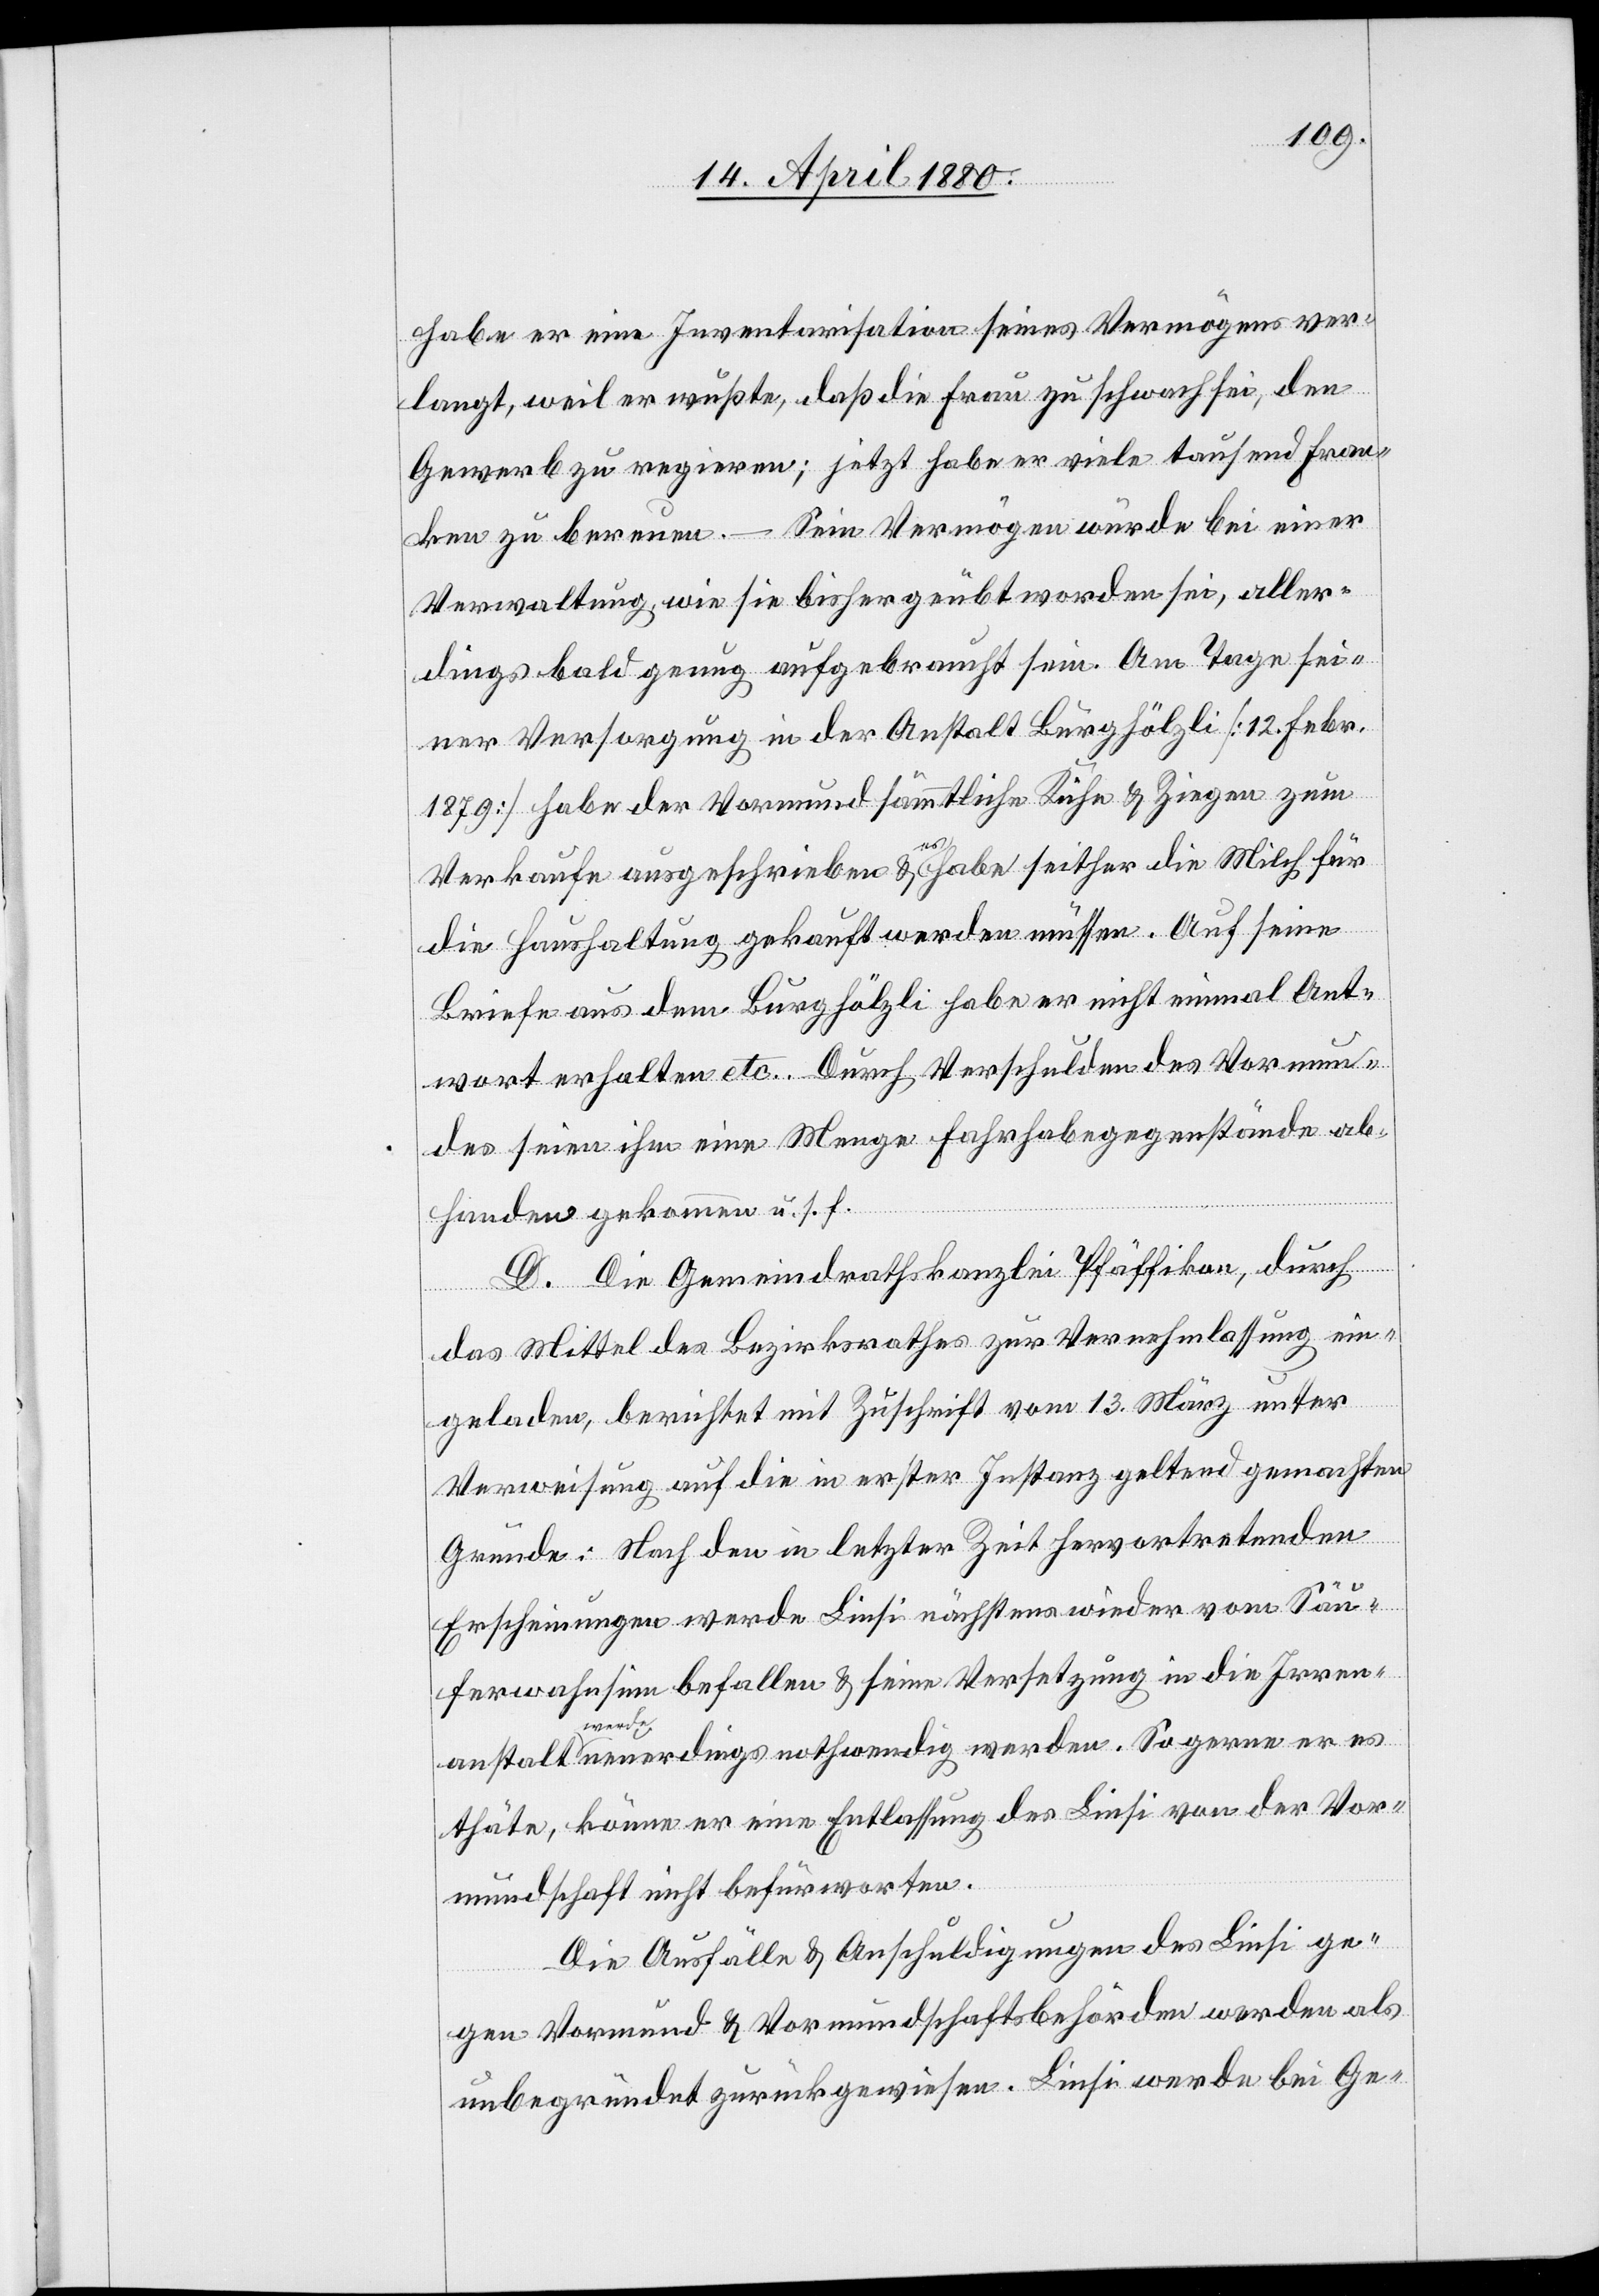
habe er eine Inventarisation seines Vermögens ver¬
langt, weil er wußte, daß die Frau zu schwach sei, den
Gewerb zu regieren; jetzt habe er viele tausend Fran¬
ken zu bereuen. – Sein Vermögen würde bei einer
Verwaltung, wie sie bisher geübt worden sei, aller¬
dings bald genug aufgebraucht sein. Am Tage sei¬
ner Versorgung in der Anstalt Burghölzli [12. Febr.
1879] habe der Vormund sämmtliche Kühe & Ziegen zum
Verkauf ausgeschrieben & a-es-a habe seither die Milch für
die Haushaltung gekauft werden müssen. Auf seine
Briefe aus dem Burghölzli habe er nicht einmal Ant¬
wort erhalten etc. Durch Verschulden des Vormun¬
des seien ihm eine Menge Fahrhabegegenstände ab¬
handen gekommen u. s. f.
D. Die Gemeindrathskanzlei Pfäffikon, durch
das Mittel des Bezirksrathes zur Vernehmlassung ein¬
geladen, berichtet mit Zuschrift vom 13. März unter
Verweisung auf die in erster Instanz geltend gemachten
Gründe: Nach den in letzter Zeit hervortretenden
Erscheinungen werde Liesi nächstens wieder vom Säu¬
ferwahnsinn befallen & seine Versetzung in die Irren¬
anstalt a-werde-a neuerdings nothwendig werden. So gerne er es
thäte, könne er eine Entlassung des Liesi von der Vor¬
mundschaft nicht befürworten.
Die Ausfälle & Anschuldigungen des Liesi ge¬
gen Vormund & Vormundschaftsbehörden werden als
unbegründet zurückgewiesen. Liese werde bei Ge-